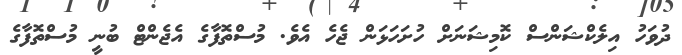
ދުވަހު އިލެކްޝަންސް ކޮމިޝަނަށް ހުށަހަޅަން ޖެހެ އެވެ. މުސްތޮފާގެ އެޖެންޓް ބުނީ މުސްތޮފާގެ